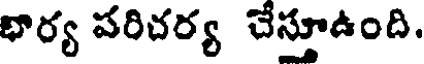
భార్య పరిచర్య చేస్తూఉంది.